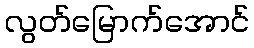
လွတ်မြောက်အောင်